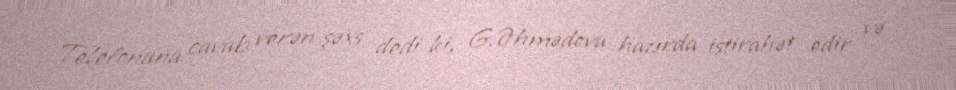
Telefonuna cavab verən şəxs dedi ki, G.Əhmədova hazırda istirahət edir və